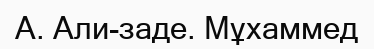
А. Али-заде. Мұхаммед